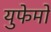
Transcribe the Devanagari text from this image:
युफेमो